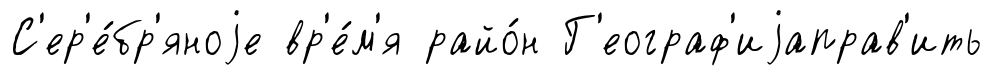
С'ер'е́бр'яноjе вр'е́м'я райо́н Г'еограф'иjаправ'ить